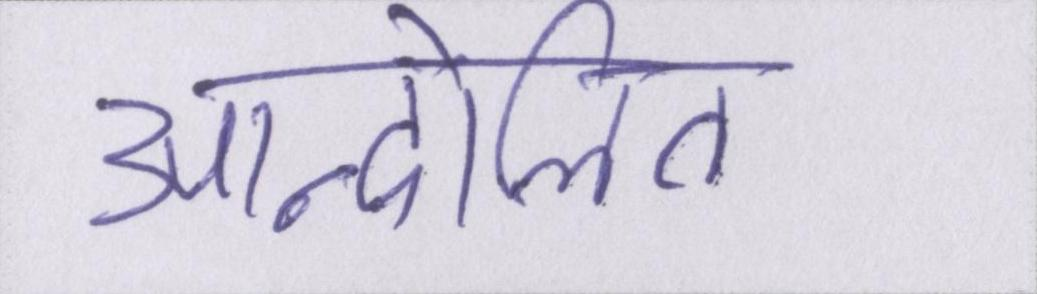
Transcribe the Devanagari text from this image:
आन्दोलित